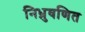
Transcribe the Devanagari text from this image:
निध्रुवणित